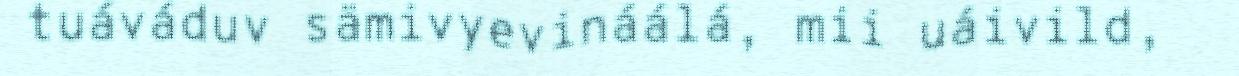
tuáváduv sämivyevináálá, mii uáivild,